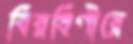
বিরহিণীরে